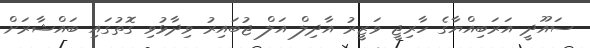
ސައޫދީ އަރަބިއްޔާގެ ހާރިޖީ ވަޒީރު އާދިލް އަލް ޖުބައިރު ވިދާޅުވި ގޮތުގައި ބައްޝާރަށް